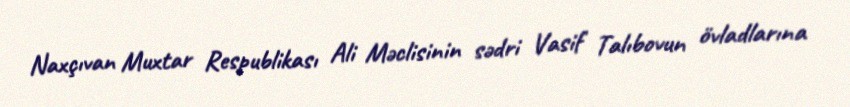
Naxçıvan Muxtar Respublikası Ali Məclisinin sədri Vasif Talıbovun övladlarına